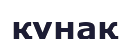
құнақ